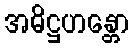
အဓိဋ္ဌဟန္တော